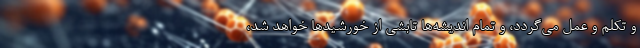
و تکلم و عمل می‌گردد، و تمام اندیشه‌ها تابشی از خورشیدها خواهد شد،